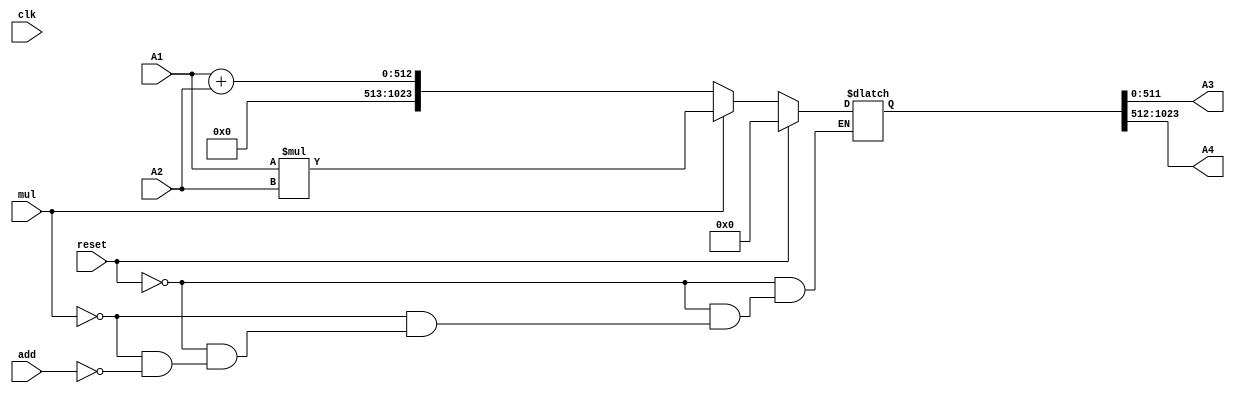

module ALU (
    input clk, mul, add, reset,
    input[511:0] A1, A2,
    output [511:0] A3, A4
);
    reg[1023:0] alu_result;
    assign A3 = alu_result[511:0];
    assign A4 = alu_result[1023:512];
    always @(*) begin
        if (reset)
            alu_result = 0;
        else if (mul)
            alu_result = A1 * A2;
        else if (add) begin
            alu_result = A1 + A2;
        end
    end
    
endmodule